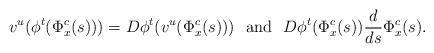
LaTeX: \begin{align*}v^u(\phi^t(\Phi^c_x(s)))=D\phi^t(v^u(\Phi^c_x(s)))\:\:\:\textrm{and}\:\:\:D\phi^t(\Phi^c_x(s))\frac{d}{ds}\Phi^c_x(s).\end{align*}